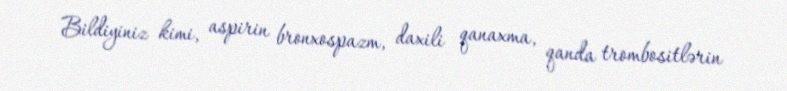
Bildiyiniz kimi, aspirin bronxospazm, daxili qanaxma, qanda trombositlərin